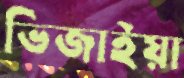
ভিজাইয়া